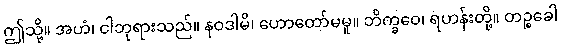
ဤသို့။ အဟံ၊ ငါဘုရားသည်။ နဝဒါမိ၊ ဟောတော်မမူ။ ဘိက္ခဝေ၊ ရဟန်းတို့။ တဉ္စခေါ